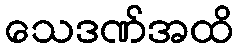
သေဒဏ်အထိ